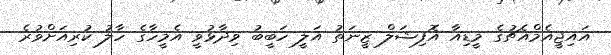
އައިޖީއެމްއެޗުގެ މީޑިއާ އޮފިޝަލް ޒީނަތު އަލީ ހަބީބު ވިދާޅުވީ އެމީހާގެ ހާލު ކުރިއަށްވުރެ